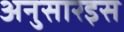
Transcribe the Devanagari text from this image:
अनुसारइस